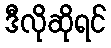
ဒီလိုဆိုရင်